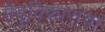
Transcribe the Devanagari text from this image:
मेंदूविकाराचा